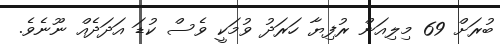
ބުރަށް 69 މިލިއަން ރުފިޔާ ހަރަދު ވުމަކީ ވެސް ކުޑަ އަދަދެއް ނޫނެވެ.